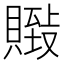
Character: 𰷏